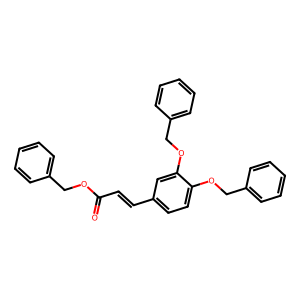
SMILES: O=C(C=Cc1ccc(OCc2ccccc2)c(OCc2ccccc2)c1)OCc1ccccc1
Inhibits HIV replication: No